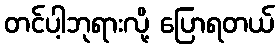
တင်ပါ့ဘုရားလို့ ပြောရတယ်